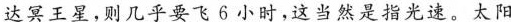
达冥王星，则几乎要飞6小时，这当然是指光速。太阳